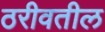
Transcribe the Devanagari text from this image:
ठरीवतील